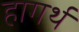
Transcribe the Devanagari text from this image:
हागर्थ